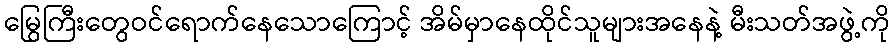
မြွေကြီးတွေဝင်ရောက်နေသောကြောင့် အိမ်မှာနေထိုင်သူများအနေနဲ့ မီးသတ်အဖွဲ့ကို